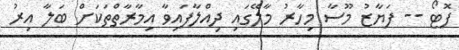
ފޮޓޯ -- ފަޔާޒު މޫސާ މިހާރު މާލޭގައި ދިއްލާފައިވާ އިމާރާތްތަކަށް ބަލާ އިރު